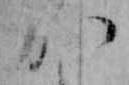
か